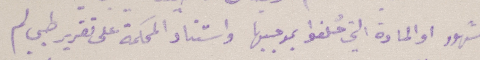
الشهود او المادة التي حُلفوا بموجبها واستناد المحكمة على تقرير طبي لم